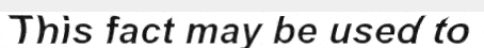
This fact may be used to